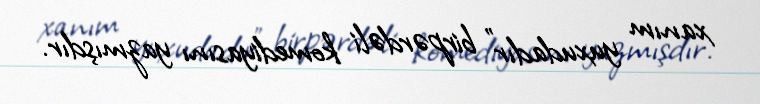
xanım yuxudadır" birpərdəli komediyasını yazmışdır.